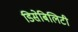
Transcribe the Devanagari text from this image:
डिसेबिलिटी